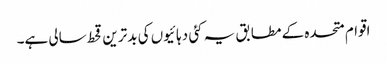
اقوام متحدہ کے مطابق یہ کئی دہائیوں کی بدترین قحط سالی ہے۔